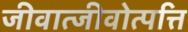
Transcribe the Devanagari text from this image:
जीवात्जीवोत्पत्ति